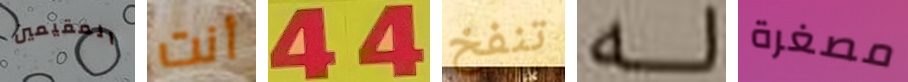
المقيمين أنت 44 تنفخ له مصغرة